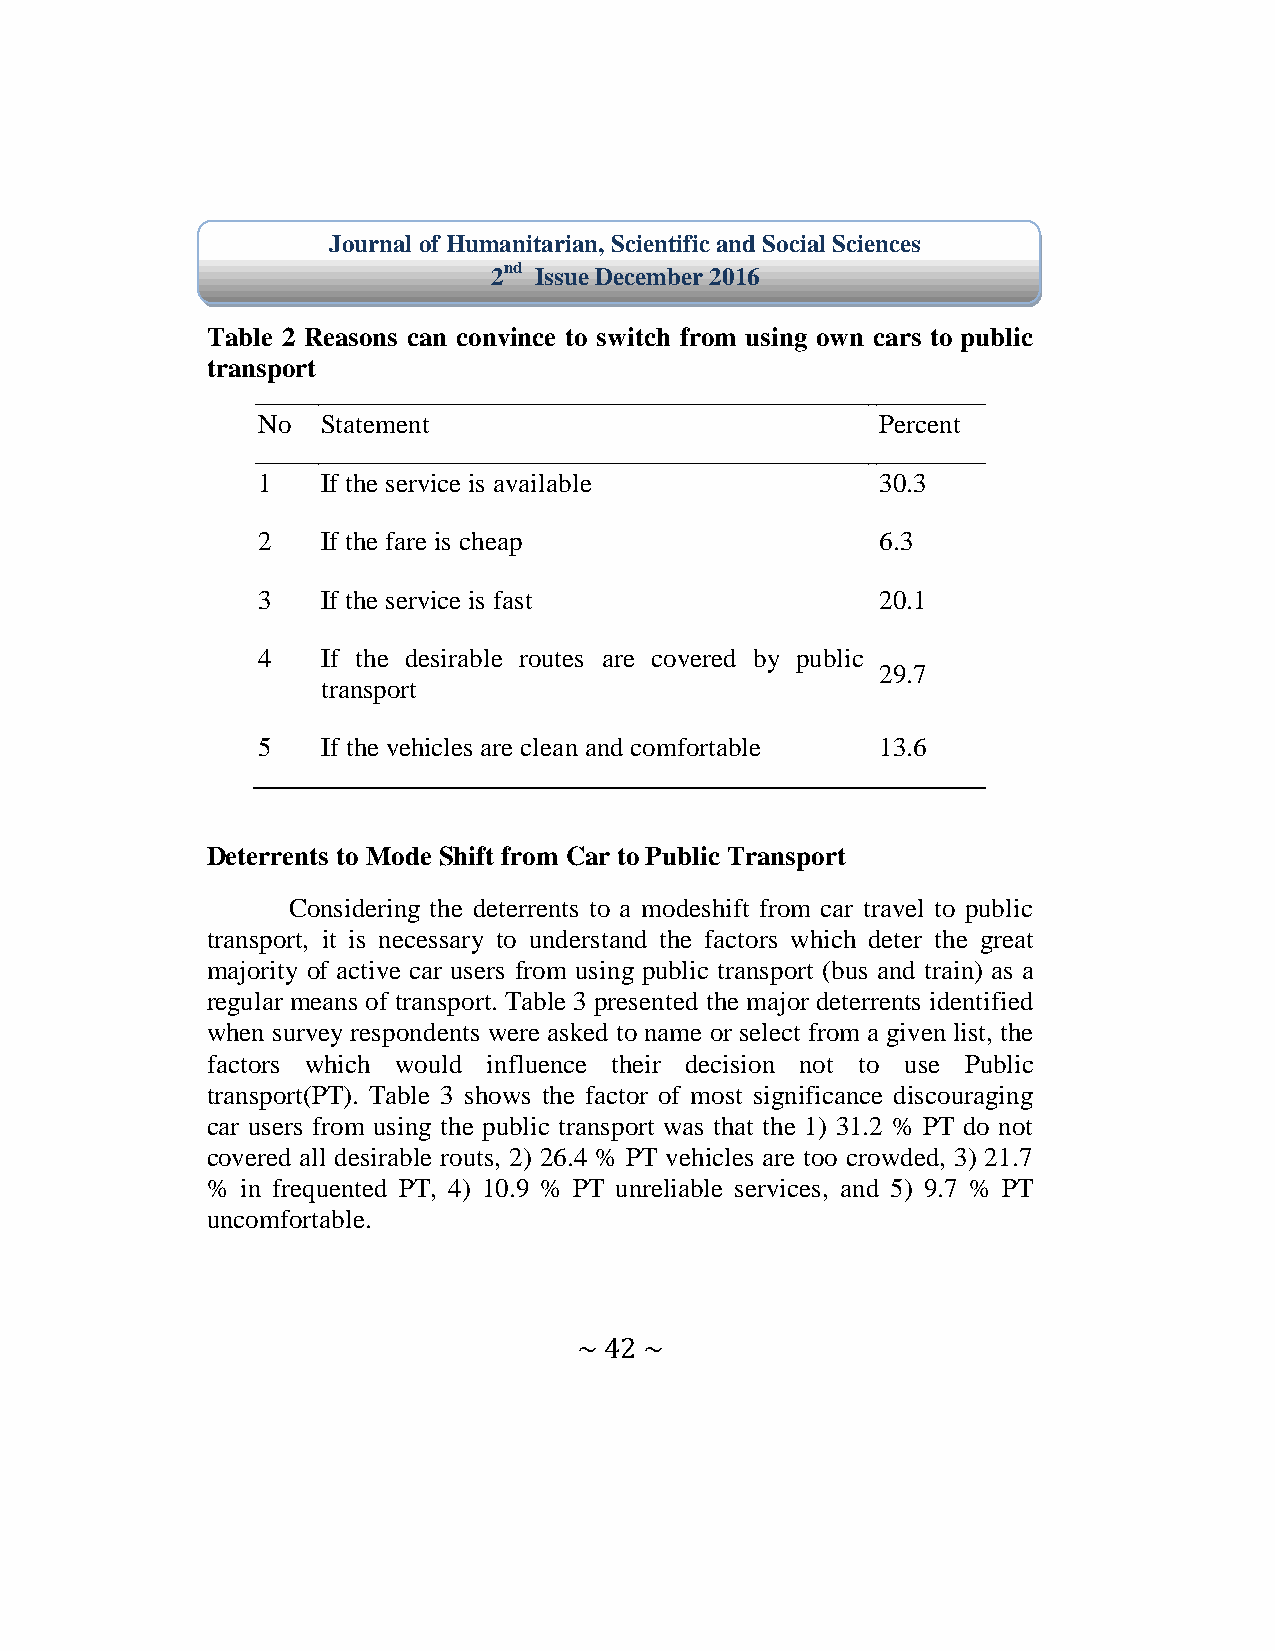
Journal of Humanitarian, Scientific and Social Sciences
 2nd Issue December 2016
 Table 2 Reasons can convince to switch from using own cars to public
 transport
 No  Statement                            Percent
 1   If the service is available          30.3
 2   If the fare is cheap                 6.3
 3   If the service is fast               20.1
 4   If the desirable routes are covered by public
 29.7
 transport
 5   If the vehicles are clean and comfortable 13.6
 Deterrents to Mode Shift from Car to Public Transport
 Considering the deterrents to a modeshift from car travel to public
 transport, it is necessary to understand the factors which deter the great
 majority of active car users from using public transport (bus and train) as a
 regular means of transport. Table 3 presented the major deterrents identified
 when survey respondents were asked to name or select from a given list, the
 factors which would influence their decision not to use Public
 transport(PT). Table 3 shows the factor of most significance discouraging
 car users from using the public transport was that the 1) 31.2 % PT do not
 covered all desirable routs, 2) 26.4 % PT vehicles are too crowded, 3) 21.7
 % in frequented PT, 4) 10.9 % PT unreliable services, and 5) 9.7 % PT
 uncomfortable.
 ~ 42 ~